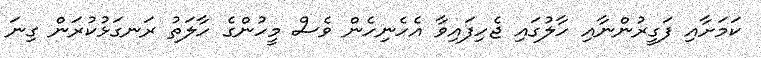
ކަމަށާއި ފަގީރުންނާއި ހާލުގައި ޖެހިފައިވާ އެހެނިހެން ވެސް މީހުންގެ ހާލަތު ރަނގަޅުކުރަން ގިނަ